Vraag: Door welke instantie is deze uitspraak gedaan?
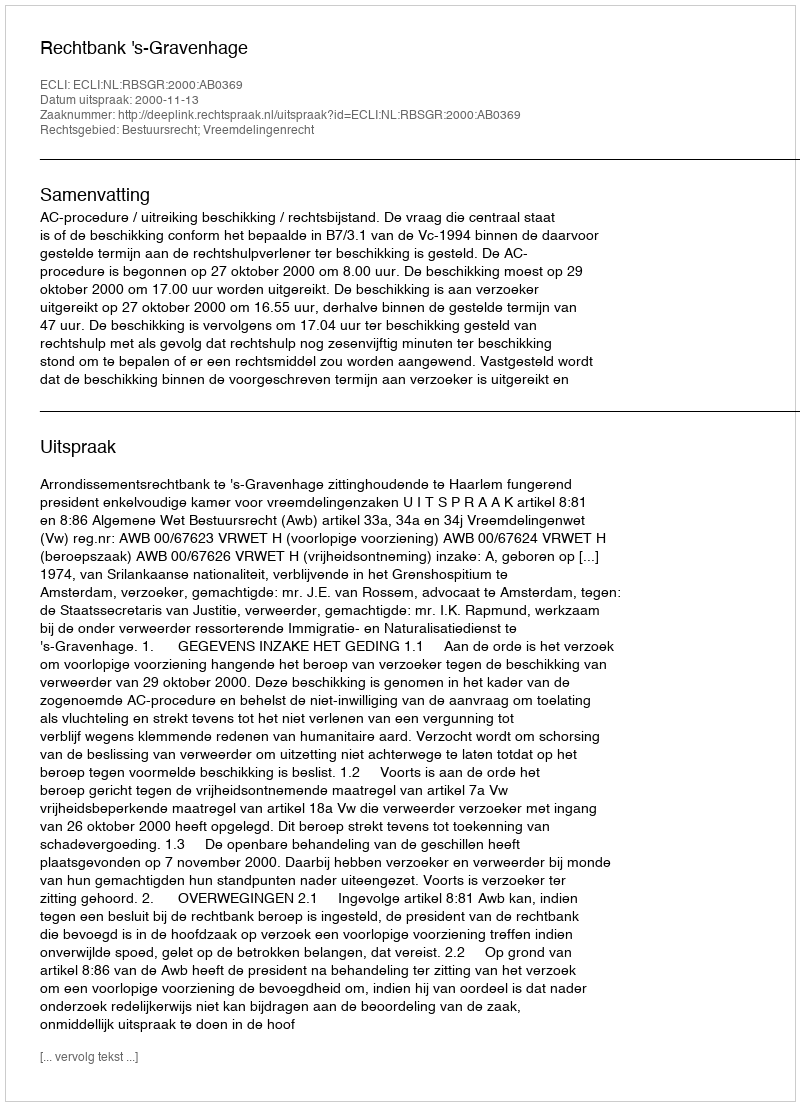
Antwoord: Rechtbank 's-Gravenhage